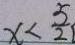
x < \frac { 5 } { 2 }